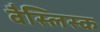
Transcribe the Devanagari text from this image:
बैस्लिस्क